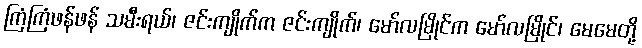
ကြံကြံဖန်ဖန် သမီးရယ်၊ ဇင်းကျိုက်က ဇင်းကျိုက်၊ မော်လမြိုင်က မော်လမြိုင်၊ မေမေတို့